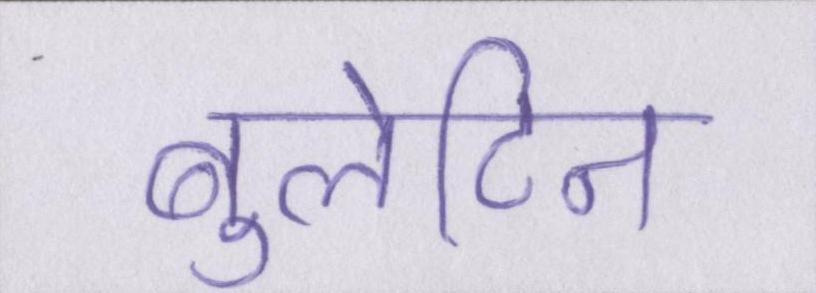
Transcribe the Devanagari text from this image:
बुलेटिन